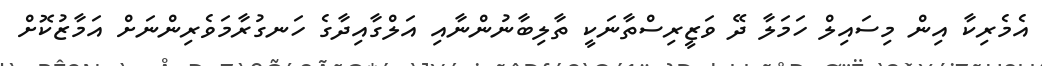
އެމެރިކާ އިން މިސައިލް ހަމަލާ ދޭ ވަޒީރިސްތާނަކީ ތާލިބާނުންނާއި އަލްގާއިދާގެ ހަނގުރާމަވެރިންނަށް އަމާޒުކޮށް